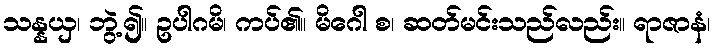
သန္နယှ၊ ဘွဲ့၍။ ဥပါဂမိ၊ ကပ်၏။ မိဂေါ စ၊ ဆတ်မင်းသည်လည်း။ ရာဇာနံ၊